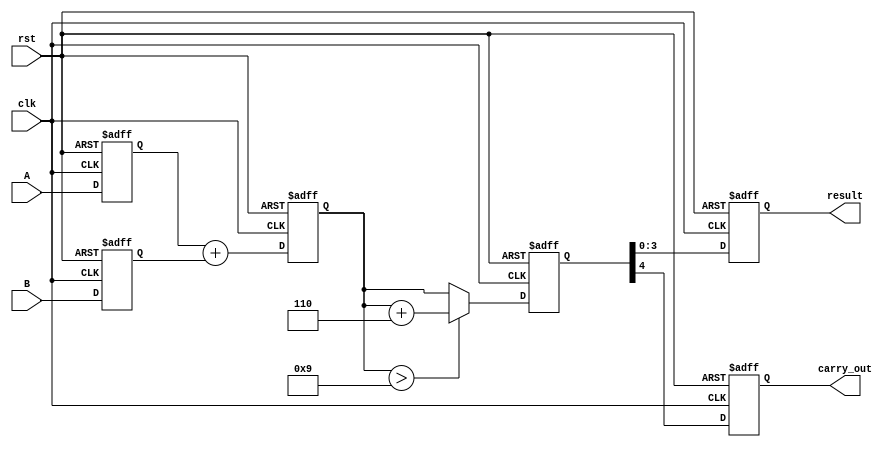
module BCD_Pipelined_Adder (
    input wire clk,
    input wire rst,
    input wire [3:0] A,
    input wire [3:0] B,
    output reg [3:0] result,
    output reg carry_out
);

    // Intermediate signals
    reg [3:0] A_reg, B_reg;          // Input stage registers
    reg [4:0] sum_reg;               // Addition stage register
    reg [4:0] corrected_sum_reg;     // Correction stage register

    // Input Stage
    always @(posedge clk or posedge rst) begin
        if (rst) begin
            A_reg <= 4'b0000;
            B_reg <= 4'b0000;
        end else begin
            A_reg <= A;
            B_reg <= B;
        end
    end

    // Addition Stage
    always @(posedge clk or posedge rst) begin
        if (rst) begin
            sum_reg <= 5'b00000;
        end else begin
            sum_reg <= A_reg + B_reg;
        end
    end

    // Correction Stage
    always @(posedge clk or posedge rst) begin
        if (rst) begin
            corrected_sum_reg <= 5'b00000;
        end else begin
            if (sum_reg > 5'b01001) begin // Check if sum > 9
                corrected_sum_reg <= sum_reg + 5'b00110; // Add 6
            end else begin
                corrected_sum_reg <= sum_reg;
            end
        end
    end

    // Output Stage
    always @(posedge clk or posedge rst) begin
        if (rst) begin
            result <= 4'b0000;
            carry_out <= 1'b0;
        end else begin
            result <= corrected_sum_reg[3:0]; // Lower 4 bits for BCD
            carry_out <= corrected_sum_reg[4]; // Carry out if needed
        end
    end

endmodule